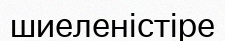
шиеленістіре